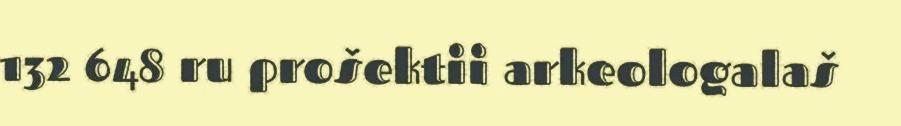
132 648 ru prošektii arkeologalaš